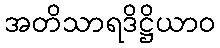
အတိသာရဒိဋ္ဌိယာဝ